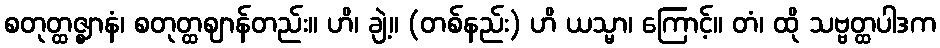
စတုတ္ထဇ္ဈာနံ၊ စတုတ္ထဈာန်တည်း။ ဟိ၊ ချဲ့။ (တစ်နည်း) ဟိ ယသ္မာ၊ ကြောင့်။ တံ၊ ထို သဗ္ဗတ္ထပါဒက